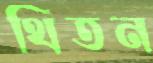
থিতন